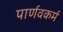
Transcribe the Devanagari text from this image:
पार्णवकर्म